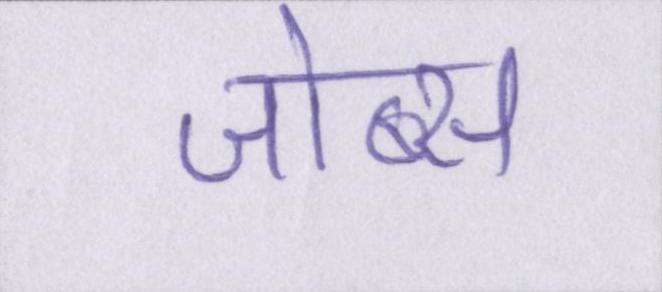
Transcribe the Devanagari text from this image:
जोब्स